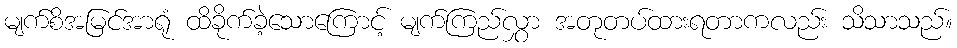
မျက်စိအမြင်အာရုံ ထိခိုက်ခဲ့သောကြောင့် မျက်ကြည်လွှာ အတုတပ်ထားရတာကလည်း သိသာသည်။